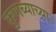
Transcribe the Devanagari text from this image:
कुणब्याच्या